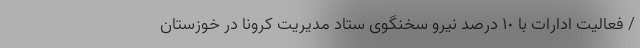
/ فعالیت ادارات با ١٠ درصد نیرو سخنگوی ستاد مدیریت کرونا در خوزستان